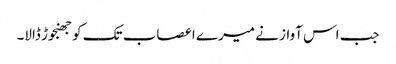
جب اس آواز نے میرے اعصاب تک کو جھنجوڑ ڈالا۔